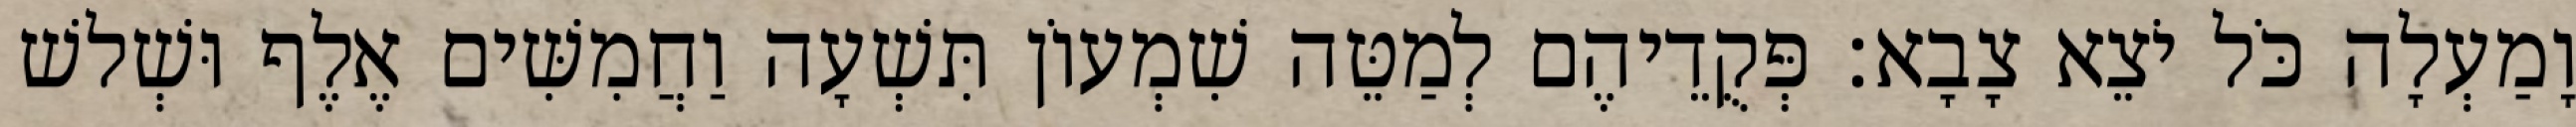
וָמַעְלָה כֹּל יֹצֵא צָבָא׃ פְּקֻדֵיהֶם לְמַטֵּה שִׁמְעוֹן תִּשְׁעָה וַחֲמִשִּׁים אֶלֶף וּשְׁלשׁ